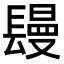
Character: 𨲩